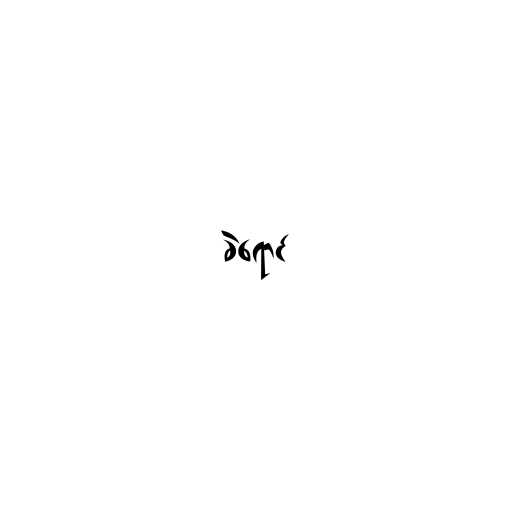
ခဲရောင်